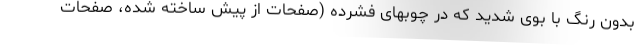
بدون رنگ با بوی شدید که در چوبهای فشرده (صفحات از پیش ساخته شده، صفحات